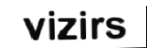
vizirs